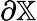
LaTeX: \partial\mathbb{X}